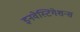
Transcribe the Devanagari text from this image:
इनवेस्टिगेशन्स